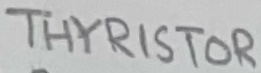
Text: THYRISTOR